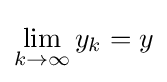
\lim _{k\to \infty }y_{k}=y